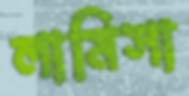
লামিসা